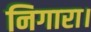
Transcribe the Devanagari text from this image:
निगारा।